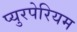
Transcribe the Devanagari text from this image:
प्युरपेरियम